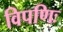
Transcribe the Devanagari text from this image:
विपणिः